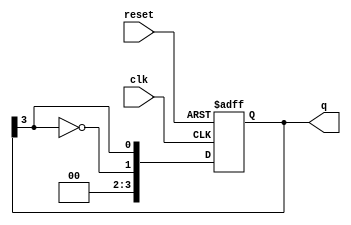
module modified_johnson_counter (
    input wire clk,              // Clock input
    input wire reset,            // Asynchronous reset
    output reg [n-1:0] q         // Counter output
);
    parameter n = 4;             // Number of flip-flops (you can adjust this)
    
    // Asynchronous reset and counter logic
    always @(posedge clk or posedge reset) begin
        if (reset) begin
            q <= 0;              // Reset the counter to 0
        end else begin
            q <= {~q[n-1], q[n-1:n-1]}; // Shift and feedback the inverted last flip-flop
        end
    end
endmodule